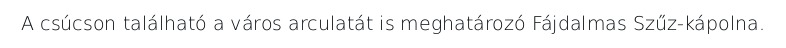
A csúcson található a város arculatát is meghatározó Fájdalmas Szűz-kápolna.